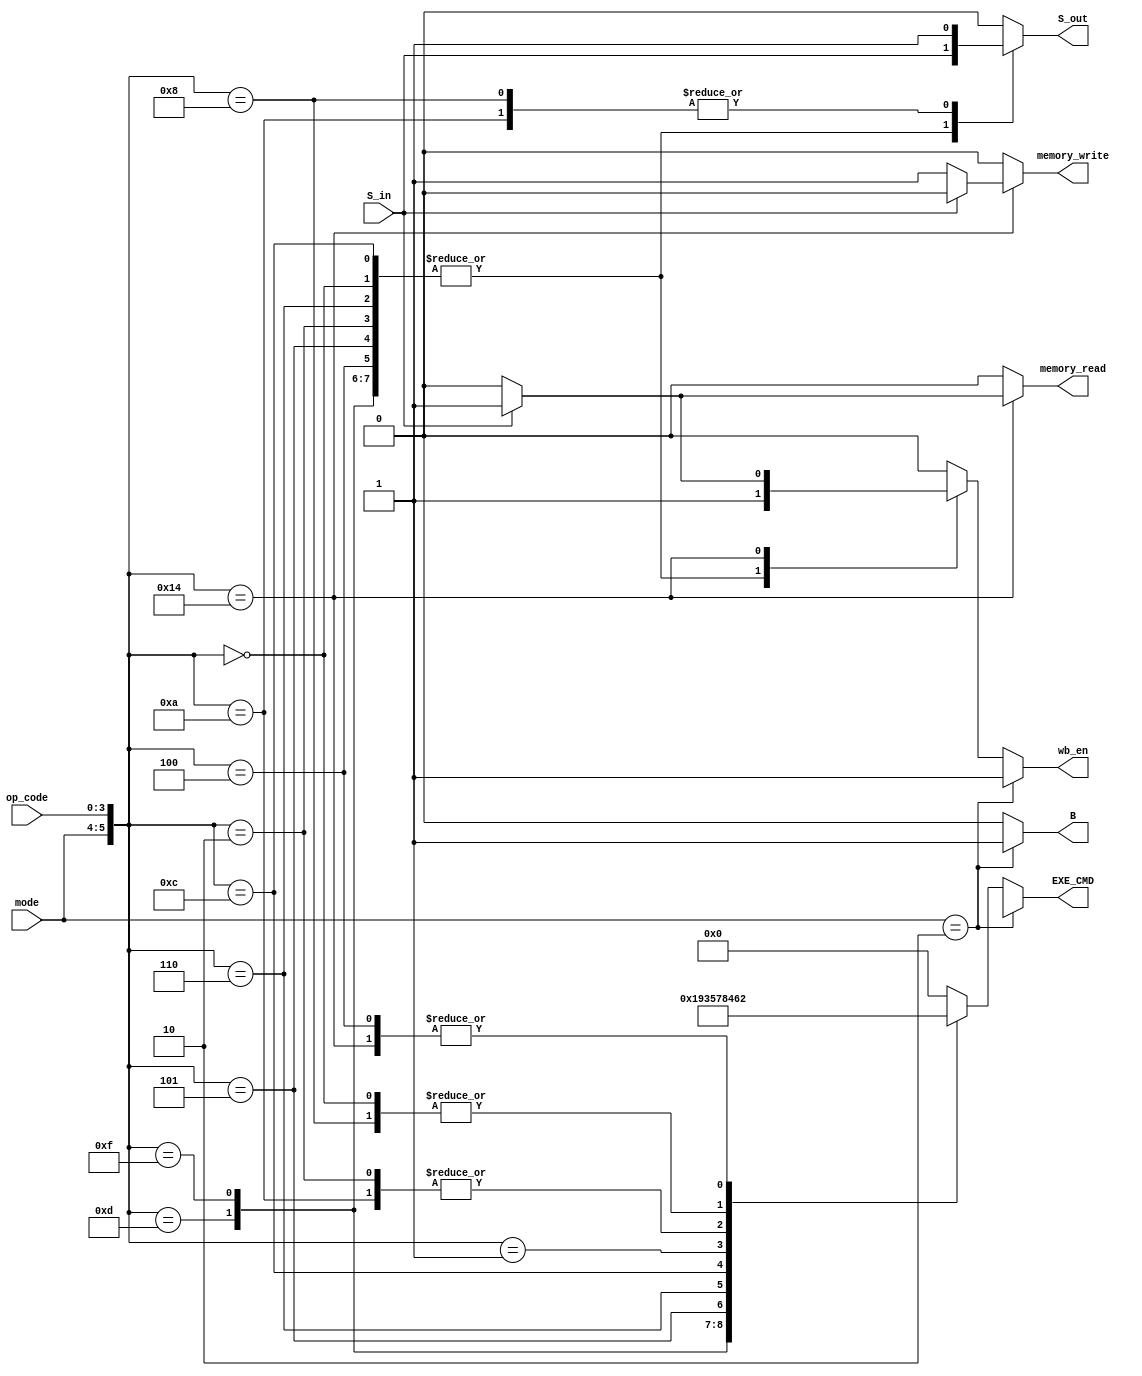
module ControlUnit(input [1 : 0] mode, input [3 : 0] op_code, input S_in, output reg [3 : 0] EXE_CMD, output reg memory_read, memory_write, wb_en, S_out, B);
    always @(mode, op_code, S_in) begin
        EXE_CMD <= 0;
        memory_read <= 0;
        memory_write <= 0;
        wb_en <= 0;
        S_out <= 0;
        B <= 0;
		case({mode,op_code})
				6'b001101: begin S_out <= S_in; EXE_CMD <= 4'b0001; wb_en <= 1'b1;end    
				6'b001111: begin S_out <= S_in; EXE_CMD <= 4'b1001; wb_en <= 1'b1;end
				6'b000100: begin S_out <= S_in; EXE_CMD <= 4'b0010; wb_en <= 1'b1;end
				6'b000101: begin S_out <= S_in; EXE_CMD <= 4'b0011; wb_en <= 1'b1;end
				6'b000010: begin S_out <= S_in; EXE_CMD <= 4'b0100; wb_en <= 1'b1;end 
				6'b000110: begin S_out <= S_in; EXE_CMD <= 4'b0101; wb_en <= 1'b1;end
				6'b000000: begin S_out <= S_in; EXE_CMD <= 4'b0110; wb_en <= 1'b1;end 
				6'b001100: begin S_out <= S_in; EXE_CMD <= 4'b0111; wb_en <= 1'b1;end
				6'b000001: begin S_out <= S_in; EXE_CMD <= 4'b1000; wb_en <= 1'b1;end 
				6'b001010: begin S_out <= 1'b1; EXE_CMD <= 0100;end
				6'b001000: begin S_out <= 1'b1; EXE_CMD <= 4'b0110;end
 				6'b010100: begin if(S_in) begin memory_read <= 1'b1; EXE_CMD <= 4'b0010; wb_en <= 1'b1;end
								else begin memory_write <= 1'b1; EXE_CMD <= 4'b0010;end
							end 
		endcase
		if(mode==2'b10)begin
			wb_en <= 1'b1; B <= 1'b1; EXE_CMD <= 4'bxxxx;
		end
    end
endmodule